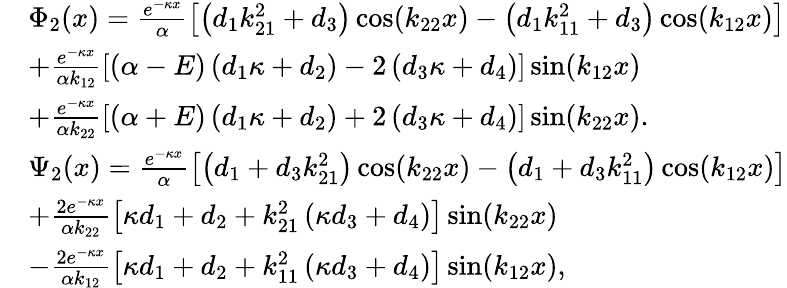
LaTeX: \begin{array}{rl}&{{\Phi_{2}}(x)=\frac{{{{{e}}^{-\kappa x}}}}{\alpha}\left[{\left({{d_{1}}k_{21}^{2}+{d_{3}}}\right)\cos({k_{22}}x)-\left({{d_{1}}k_{11}^{2}+{d_{3}}}\right)\cos({k_{12}}x)}\right]}\\ &{+\frac{{{{{e}}^{-\kappa x}}}}{{\alpha{k_{12}}}}\left[{\left({\alpha-E}\right)\left({{d_{1}}\kappa+{d_{2}}}\right)-2\left({{d_{3}}\kappa+{d_{4}}}\right)}\right]\sin({k_{12}}x)}\\ &{+\frac{{{{{e}}^{-\kappa x}}}}{{\alpha{k_{22}}}}\left[{\left({\alpha+E}\right)\left({{d_{1}}\kappa+{d_{2}}}\right)+2\left({{d_{3}}\kappa+{d_{4}}}\right)}\right]\sin({k_{22}}x).}\\ &{{\Psi_{2}}(x)=\frac{{{{{e}}^{-\kappa x}}}}{\alpha}\left[{\left({{d_{1}}+{d_{3}}k_{21}^{2}}\right)\cos({k_{22}}x)-\left({{d_{1}}+{d_{3}}k_{11}^{2}}\right)\cos({k_{12}}x)}\right]}\\ &{+\frac{{2{{{e}}^{-\kappa x}}}}{{\alpha{k_{22}}}}\left[{\kappa{d_{1}}+{d_{2}}+k_{21}^{2}\left({\kappa{d_{3}}+{d_{4}}}\right)}\right]\sin({k_{22}}x)}\\ &{-\frac{{2{{{e}}^{-\kappa x}}}}{{\alpha{k_{12}}}}\left[{\kappa{d_{1}}+{d_{2}}+k_{11}^{2}\left({\kappa{d_{3}}+{d_{4}}}\right)}\right]\sin({k_{12}}x),}\end{array}